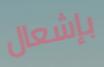
بإشعال